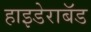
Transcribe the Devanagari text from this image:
हाइडेराबॅड